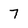
Character: 7